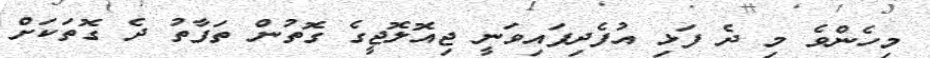
މިހެންވެ މި ދެ ފަޅި އުފެދިފައިވަނީ ޖިއޮލޮޖީގެ ގޮތުން ތަފާތު ދެ ގޮތަކަށް